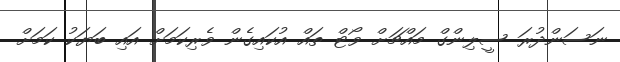
ނަސަންދުރަ ސީލިންގް މައްޗަށް ވޯޓް ތައް އުކައިގެން ވެރިކަމަށް އައި ބަޔަކު ކަމަށް